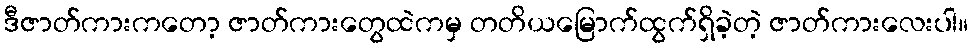
ဒီဇာတ်ကားကတော့ ဇာတ်ကားတွေထဲကမှ တတိယမြောက်ထွက်ရှိခဲ့တဲ့ ဇာတ်ကားလေးပါ။